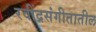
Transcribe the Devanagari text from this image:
रवींद्रसंगीतातील